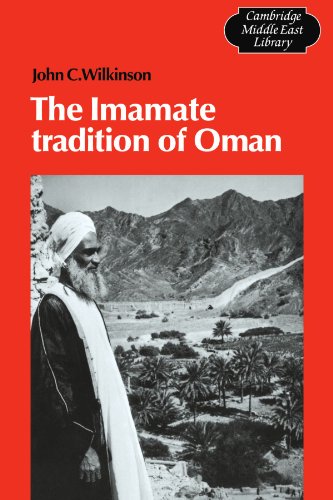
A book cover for The Imamate Tradition of Oman (Cambridge Middle East Library); John Craven Wilkinson; History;